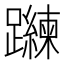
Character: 𲄐